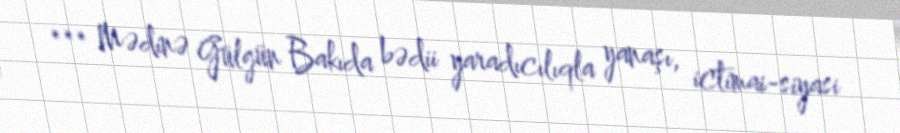
*** Mədinə Gülgün Bakıda bədii yaradıcılıqla yanaşı, ictimai-siyasi